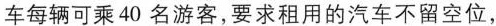
车每辆可乘40名游客，要求租用的汽车不留空位，